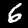
Label: 6